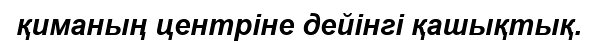
қиманың центріне дейінгі қашықтық.